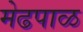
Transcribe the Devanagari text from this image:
मेढपाळ